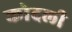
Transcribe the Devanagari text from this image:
कोदली